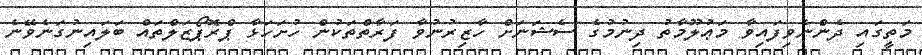
މަތީގައި ދެންނެވިފައިވާ މަޢުލޫމާތު ދިނުމުގެ ސެޝަނަށް ހާޒިރުނުވާ ފަރާތްތަކުން ހުށަހަޅާ ޕްރޮޕޯޒަލްތައް ބަލައިނުގަނެވޭނެ